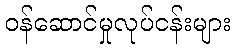
ဝန်ဆောင်မှုလုပ်ငန်းများ